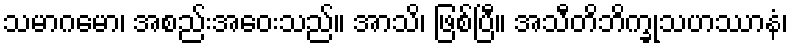
သမာဂမော၊ အစည်းအဝေးသည်။ အာသိ၊ ဖြစ်ပြီ။ အသီတိဘိက္ခုသဟဿာနံ၊